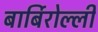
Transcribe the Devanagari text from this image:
बार्बिरोल्ली